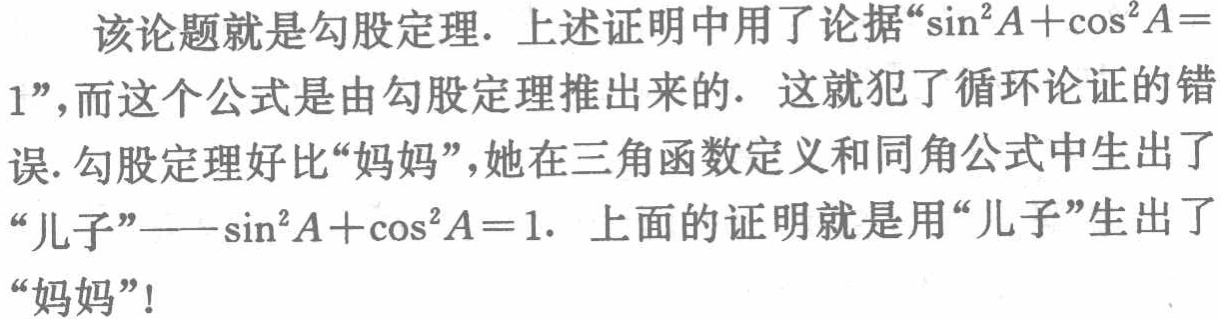
该论题就是勾股定理. 上述证明中用了论据“\(\sin^{2}A+\cos^{2}A = 1\)”，而这个公式是由勾股定理推出来的. 这就犯了循环论证的错误. 勾股定理好比“妈妈”，她在三角函数定义和同角公式中生出了“儿子”——\(\sin^{2}A+\cos^{2}A = 1\). 上面的证明就是用“儿子”生出了“妈妈”！